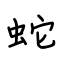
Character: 蛇